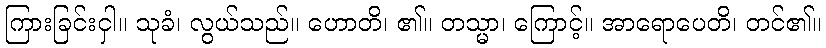
ကြားခြင်းငှါ။ သုခံ၊ လွယ်သည်။ ဟောတိ၊ ၏။ တသ္မာ၊ ကြောင့်။ အာရောပေတိ၊ တင်၏။